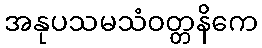
အနုပသမသံဝတ္တနိကေ